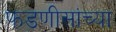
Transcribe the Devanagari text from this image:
फडणीसांच्या